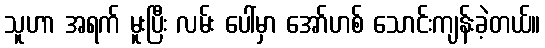
သူဟာ အရက် မူးပြီး လမ်း ပေါ်မှာ အော်ဟစ် သောင်းကျန်းခဲ့တယ်။